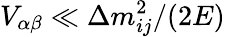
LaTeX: V_{\alpha\beta}\ll\Delta m_{ij}^{2}/(2E)